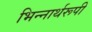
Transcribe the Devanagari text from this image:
भिन्‍नार्थरूपी